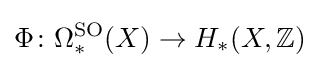
\Phi \colon \Omega _{\ast }^{\mathrm {SO} }(X)\to H_{\ast }(X,\mathbb {Z} )